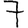
Digit: 7